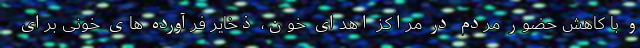
و با کاهش حضور مردم در مراکز اهدای خون، ذخایر فرآورده های خونی برای